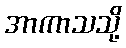
အာကာသသို့